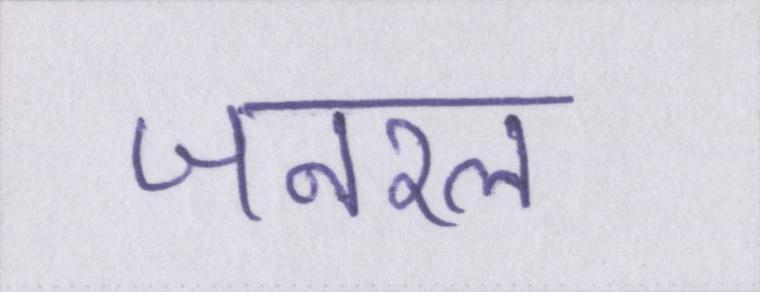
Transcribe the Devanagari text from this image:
जनरल